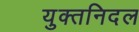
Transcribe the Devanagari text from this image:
युक्तनिदल